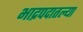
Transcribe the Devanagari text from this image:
भाद्रपदातल्या